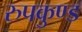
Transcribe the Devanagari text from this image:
रुपकुण्ड